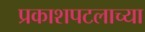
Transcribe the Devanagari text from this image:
प्रकाशपटलाच्या